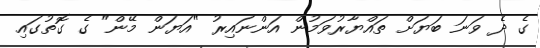
ގެ ދެ ވަނަ ބަޔަށް ތައްޔާރުވަމުން އަންނައިރު "އަޔަން މޭން" ގެ ގޮތުގައި